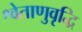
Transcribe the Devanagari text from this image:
श्वेताणुवृद्धि